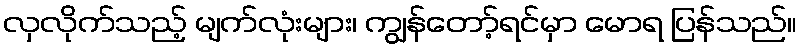
လှလိုက်သည့် မျက်လုံးများ၊ ကျွန်တော့်ရင်မှာ မောရ ပြန်သည်။